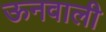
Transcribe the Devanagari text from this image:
ऊनवाली